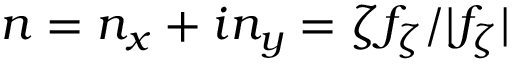
n = n _ { x } + i n _ { y } = \zeta f _ { \zeta } / \lvert f _ { \zeta } \vert